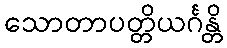
သောတာပတ္တိယင်္ဂန္တိ